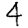
Digit: 4